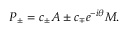
P _ { \pm } = c _ { \pm } A \pm c _ { \mp } e ^ { - i \theta } M .